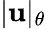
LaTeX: |\mathbf{u}|_{\theta}